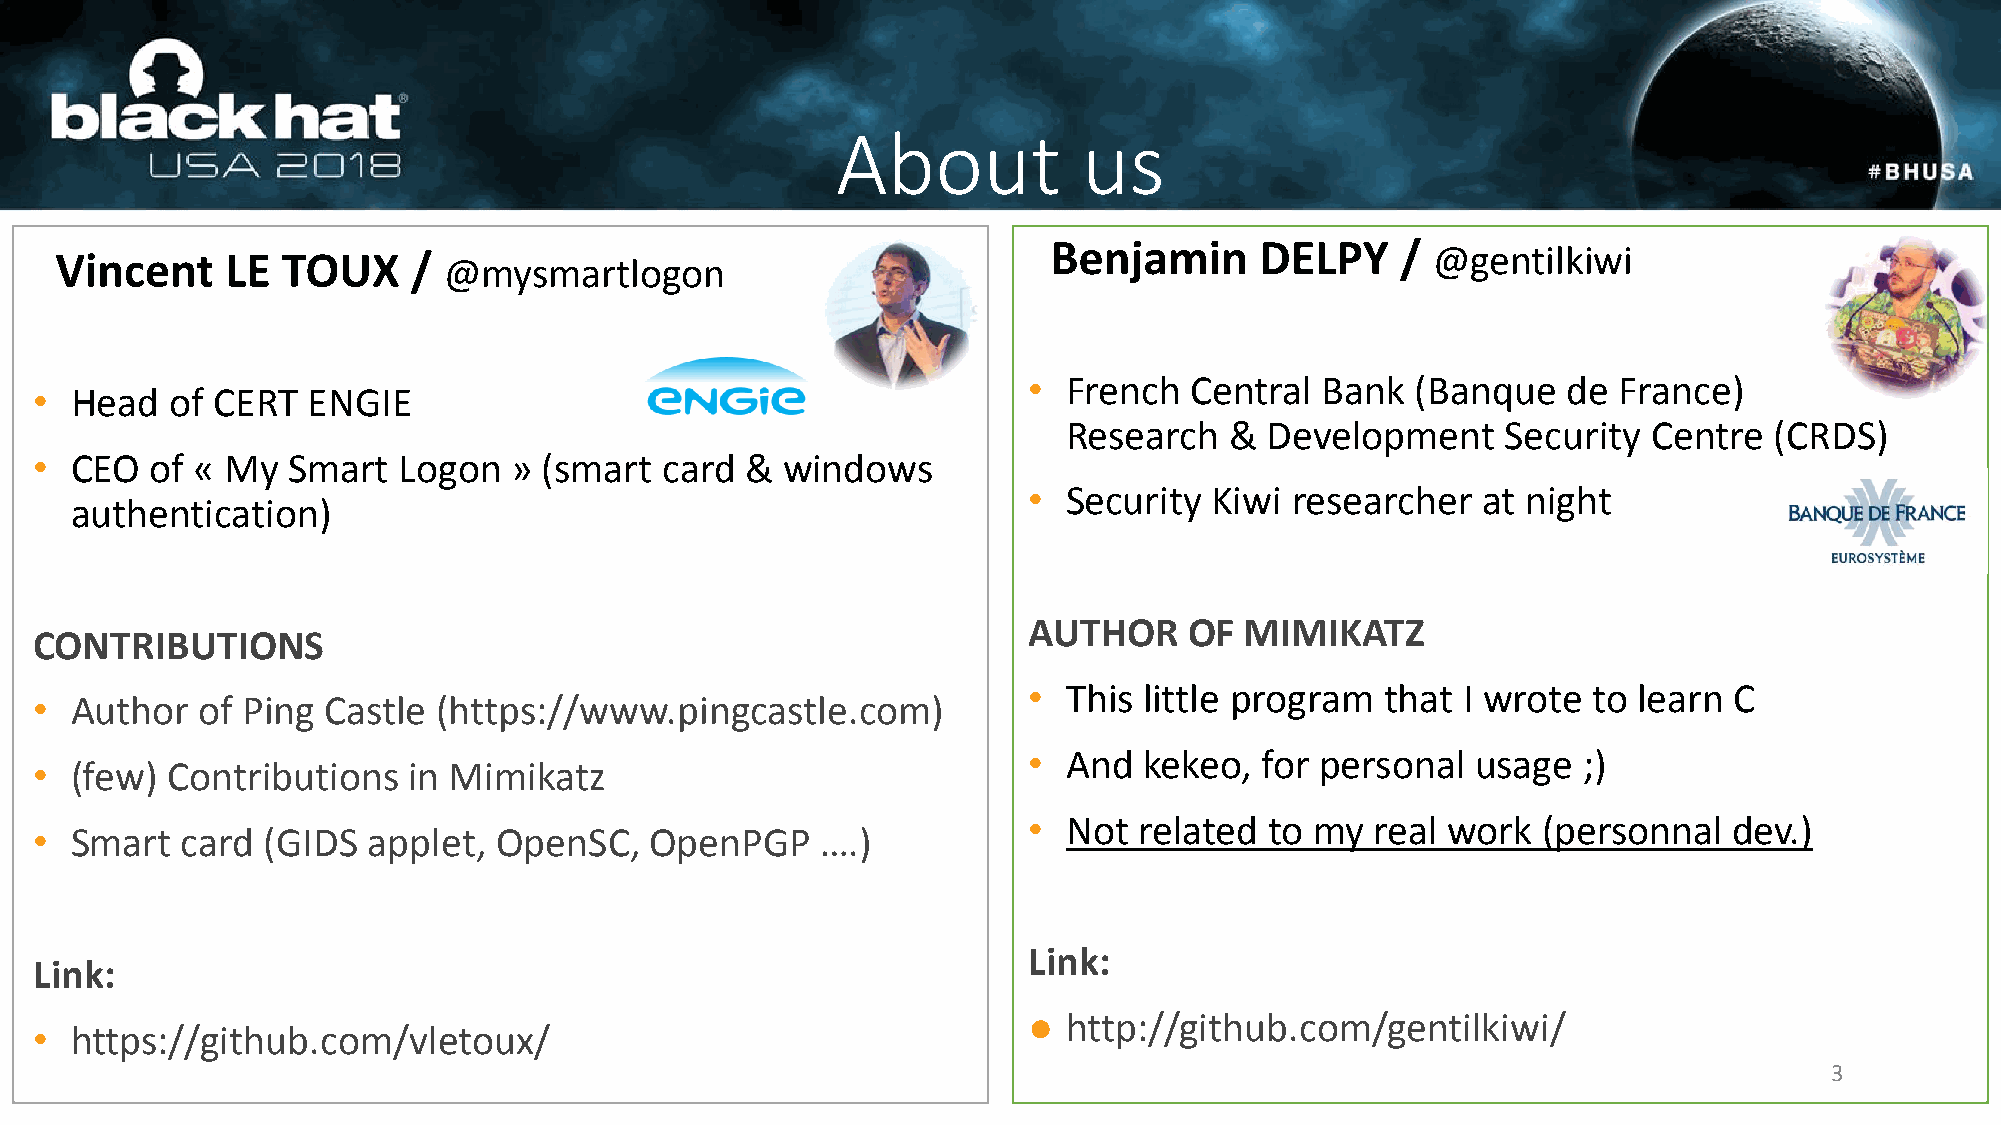
About            us
 Benjamin     DELPY     / @gentilkiwi
 Vincent    LE  TOUX    / @mysmartlogon
 •  French  Central Bank   (Banque   de France)
 •  Head  of CERT  ENGIE
 Research  &  Development     Security Centre  (CRDS)
 •  CEO  of « My  Smart  Logon   » (smart  card &  windows
 •  Security Kiwi researcher   at night
 authentication)
 AUTHOR     OF MIMIKATZ
 CONTRIBUTIONS
 •  This little program  that I wrote to learn  C
 •  Author  of Ping Castle  (https://www.pingcastle.com)
 •  And  kekeo, for personal   usage  ;)
 •  (few) Contributions   in Mimikatz
 •  Not related  to my  real work  (personnal   dev.)
 •  Smart  card (GIDS  applet,  OpenSC,   OpenPGP    ….)
 Link:
 Link:
 ●  http://github.com/gentilkiwi/
 •  https://github.com/vletoux/
 3